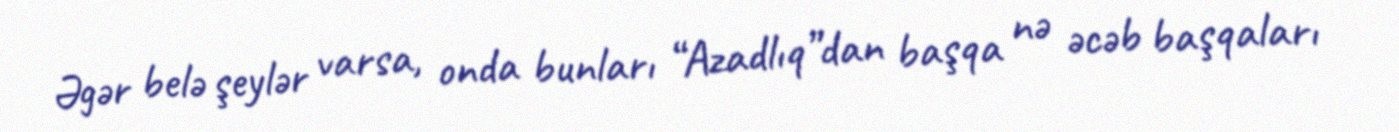
Əgər belə şeylər varsa, onda bunları “Azadlıq”dan başqa nə əcəb başqaları